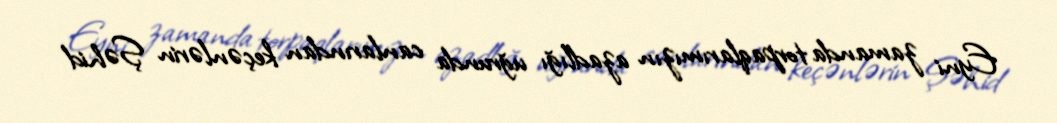
Eyni zamanda torpaqlarımızın azadlığı uğrunda canlarından keçənlərin Şəhid